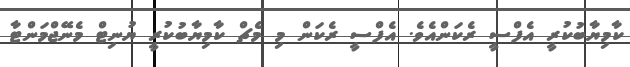
ކާމިޔާބުކުރީ އެފްސީ ރެކަންއެވެ. އެފްސީ ރެކަން މި މެޗް ކާމިޔާބުކުރީ ޔުނިޓް މެނޭޖްމަންޓާ